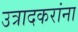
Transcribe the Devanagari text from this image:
उत्रादकरांना